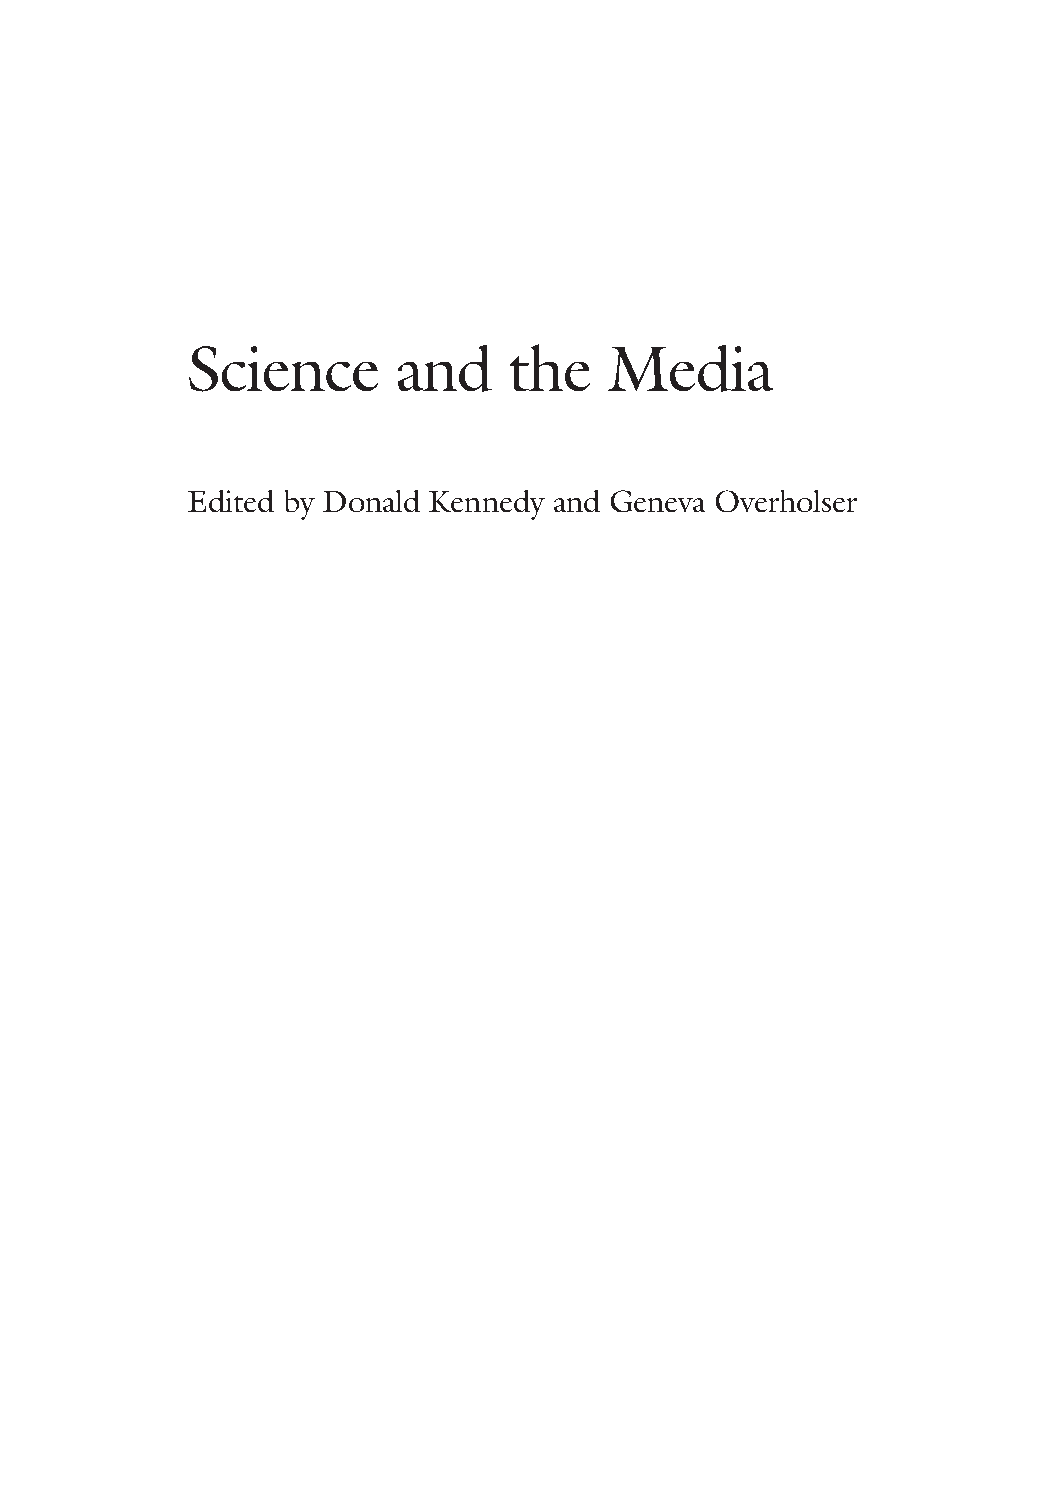
Science       and     the   Media
 Edited by Donald Kennedy and Geneva Overholser